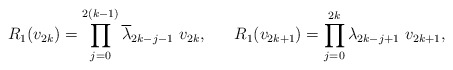
\begin{align*} R_1(v_{2k})=\prod_{j=0}^{2(k-1)} {\overline \lambda}_{2k-j-1} ~v_{2k},~~~~~R_1(v_{2k+1})=\prod_{j=0}^{2k} \lambda_{2k-j+1} ~v_{2k+1}, \end{align*}